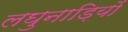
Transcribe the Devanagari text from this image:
लघुनाड़ियों